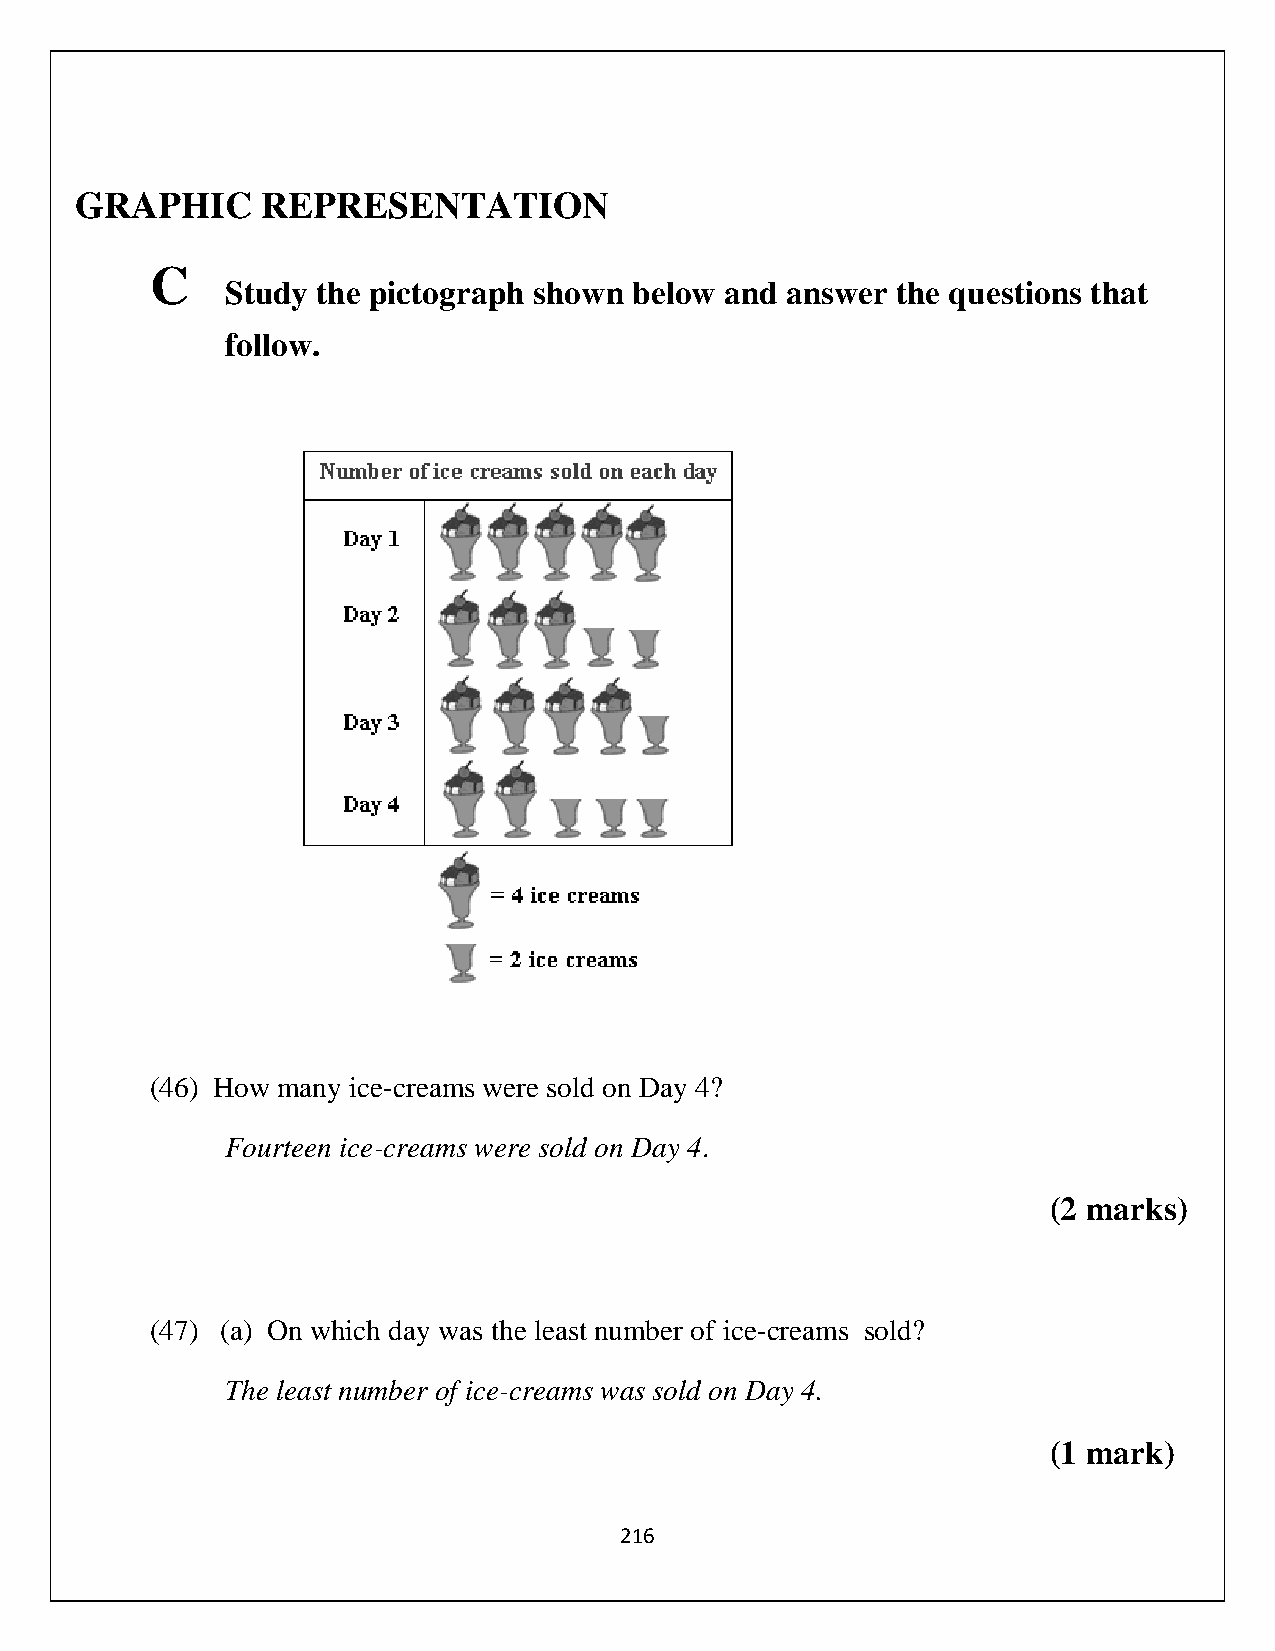
GRAPHIC     REPRESENTATION
 C
 Study the pictograph shown below and answer the questions that
 follow.
 (46) How many ice-creams were sold on Day 4?
 Fourteen ice-creams were sold on Day 4.
 (2 marks)
 (47) (a) On which day was the least number of ice-creams sold?
 The least number of ice-creams was sold on Day 4.
 (1 mark)
 216